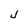
Character: J